Vaccination in Burma 1920-1933 - 1920-1933
Year: 1920
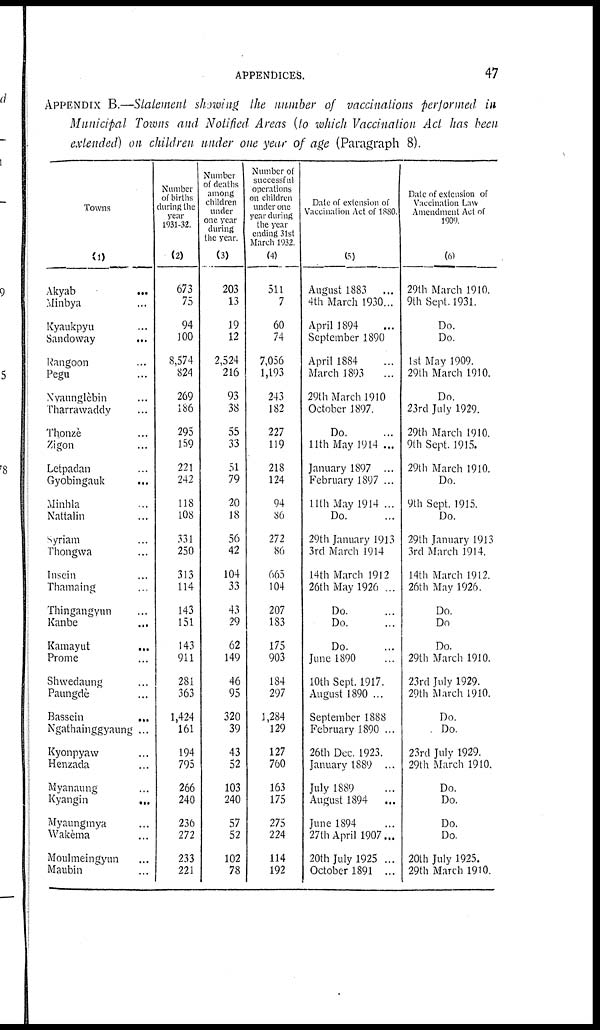
APPENDICES.
47
APPENDIX B.—Statement showing the number of vaccinations performed in
Municipal Towns and Notified Areas (to which Vaccination Act has been
extended) on children under one year of age (Paragraph 8).
Towns
(1)
Akyab
...
Minbya ...
Kyaukpyu ...
Sandoway
...
Rangoon ...
Pegu ...
Nyaunglèbin ...
Tharrawaddy ...
Thonzè ...
Zigon ...
Letpadan ...
Gyobingauk
...
Minhla ...
Nattalin ...
Syriam ...
Thongwa ...
Insein ...
Thamaing ...
Thingangyun ...
Kanbe ...
Kamayut
...
Prome ...
Shwedaung ...
Paungdè ...
Bassein
...
Ngathainggyaung ...
Kyonpyaw ...
Henzada ...
Myanaung ...
Kyangin ...
Myaungmya ...
Wakèma ...
Moulmeingyun ...
Maubin ...
Number
of births
during the
year
1931-32.
(2)
673
75
94
100
8,574
824
269
186
295
159
221
242
118
108
331
250
313
114
143
151
143
911
281
363
1,424
161
194
795
266
240
236
272
233
221
Number
of deaths
among
children
under
one year
during
the year.
(3)
203
13
19
12
2,524
216
93
38
55
33
51
79
20
18
56
42
104
33
43
29
62
149
46
95
320
39
43
52
103
240
57
52
102
78
Number of
successful
operations
on children
under one
year during
the year
ending 31st
March 1932.
(4)
511
7
60
74
7,056
1,193
243
182
227
119
218
124
94
86
272
86
665
104
207
183
175
903
184
297
1,284
129
127
760
163
175
275
224
114
192
Date of extension of
Vaccination Act of 1880.
(5)
August 1883 ...
4th March 1930...
April 1894 ...
September 1890
April 1884 ...
March 1893 ...
29th March 1910
October 1897.
Do. ...
11th May 1914 ...
January 1897 ...
February 1897 ...
11th May 1914 ...
Do.
29th January 1913
3rd March 1914
14th March 1912
26th May 1926 ...
Do. ...
Do. ...
Do. ...
June 1890 ...
10th Sept. 1917.
August 1890 ...
September 1888
February 1890 ...
26th Dec. 1923.
January 1889 ...
July 1889 ...
August 1894 ...
June 1894 ...
27th April 1907...
20th July 1925 ...
October 1891 ...
Date of extension of
Vaccination Law
Amendment Act of
1909.
(6)
29th March 1910.
9th Sept. 1931.
Do.
Do.
1st May 1909.
29th March 1910.
Do.
23rd July 1929.
29th March 1910.
9th Sept. 1915.
29th March 1910.
Do.
9th Sept. 1915.
Do.
29th January 1913
3rd March 1914.
14th March 1912.
26th May 1926.
Do.
Do
Do.
29th March 1910.
23rd July 1929.
29th March 1910.
Do.
Do.
23rd July 1929.
29th March 1910.
Do.
Do.
Do.
Do.
20th July 1925.
29th March 1910.